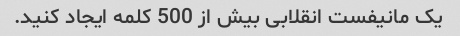
یک مانیفست انقلابی بیش از 500 کلمه ایجاد کنید.